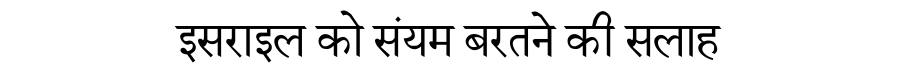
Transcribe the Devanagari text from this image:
इसराइल को संयम बरतने की सलाह